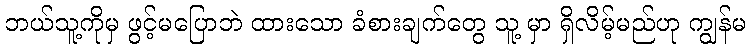
ဘယ်သူ့ကိုမှ ဖွင့်မပြောဘဲ ထားသော ခံစားချက်တွေ သူ့ မှာ ရှိလိမ့်မည်ဟု ကျွန်မ